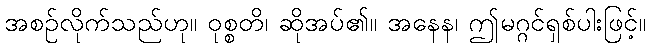
အစဉ်လိုက်သည်ဟု။ ဝုစ္စတိ၊ ဆိုအပ်၏။ အနေန၊ ဤမဂ္ဂင်ရှစ်ပါးဖြင့်။